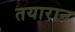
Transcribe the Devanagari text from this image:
तयारान